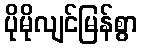
ပိုမိုလျင်မြန်စွာ